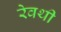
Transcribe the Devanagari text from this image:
रेवथी